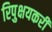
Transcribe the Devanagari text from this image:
रिपुक्षयकरी